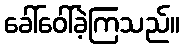
ခေါ်ဝေါ်ခဲ့ကြသည်။